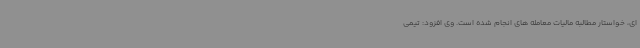
ای، خواستار مطالبه مالیات معامله های انجام شده است. وی افزود: تیمی